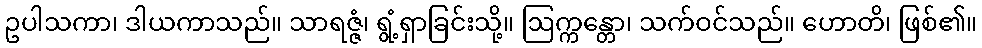
ဥပါသကာ၊ ဒါယကာသည်။ သာရဇ္ဇံ၊ ရွံ့ရှာခြင်းသို့။ ဩက္ကန္တော၊ သက်ဝင်သည်။ ဟောတိ၊ ဖြစ်၏။